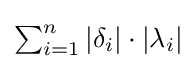
\textstyle \sum _{i=1}^{n}{|\delta _{i}|}\cdot {|\lambda _{i}|}